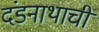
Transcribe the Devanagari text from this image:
दंडनाथाची